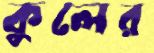
কুলের